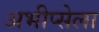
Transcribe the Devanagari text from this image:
अभीप्सेला